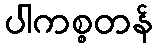
ပါကစ္စတန်